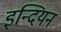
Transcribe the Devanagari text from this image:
इन्दियन